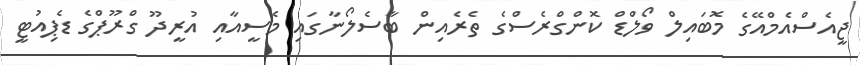
ޖީއެސްއެމްއޭގެ މޮބައިލް ވޯލްޑް ކޮންގްރެސްގެ ތެރެއިން ބާސެލޯނާގައި މެސީއާއި އުރީދޫ ގްރޫޕްގެ ޑެޕިއުޓީ